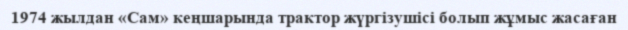
1974 жылдан «Сам» кеңшарында трактор жүргізушісі болып жұмыс жасаған